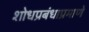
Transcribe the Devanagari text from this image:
शोधप्रबंधाप्रमाणे